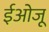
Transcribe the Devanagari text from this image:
ईओजू